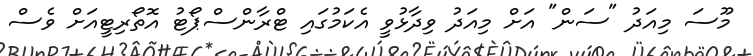
މޫސަ މިއަދު "ސަން" އަށް މިއަދު ވިދާޅުވީ އެކަމުގައި ޓްރާންސްޕޯޓު އޮތޯރިޓީއަށް ވެސް